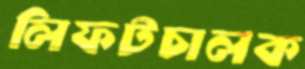
লিফটচালক